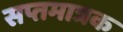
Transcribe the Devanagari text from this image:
सप्तमात्रक